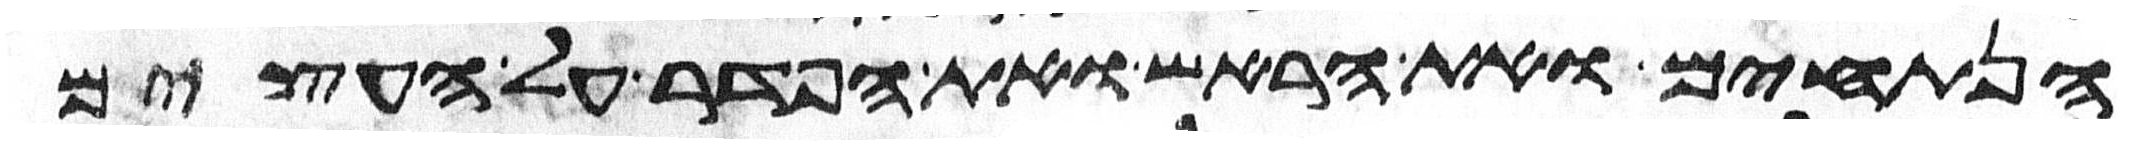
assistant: הנתחים ואת הראש ואת הפדר על העצים